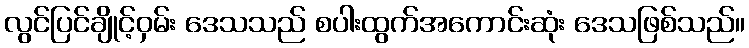
လွင်ပြင်ချိုင့်ဝှမ်း ဒေသသည် စပါးထွက်အကောင်းဆုံး ဒေသဖြစ်သည်။